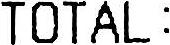
TOTAL: